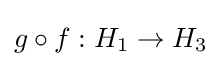
g\circ f:H_{1}\to H_{3}